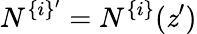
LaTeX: N^{\{ i\} ^{\prime}}=N^{\{ i\} }(\mathit{z}^{\prime})